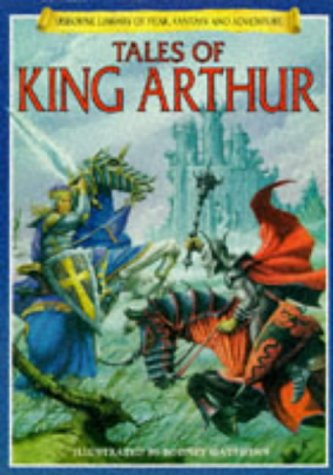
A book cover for Tales of King Arthur (Library of Fantasy & Adventure); Felicity Brooks; Children's Books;